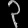
Digit: ၃